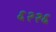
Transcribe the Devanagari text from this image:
६२२६